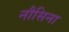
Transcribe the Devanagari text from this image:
नौसिना